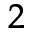
_ { 2 }